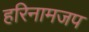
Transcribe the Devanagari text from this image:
हरिनामजप